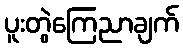
ပူးတွဲကြေညာချက်